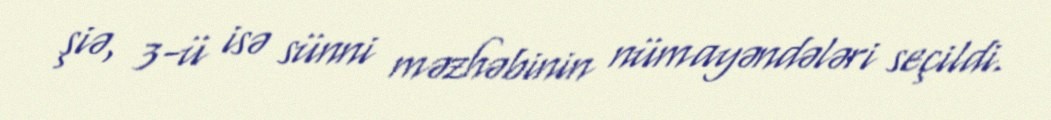
şiə, 3-ü isə sünni məzhəbinin nümayəndələri seçildi.